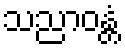
သညာဝန္တံ